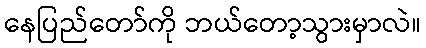
နေပြည်တော်ကို ဘယ်တော့သွားမှာလဲ။